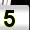
Digit: 5